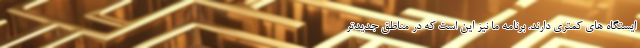
ایستگاه های کمتری دارند. برنامه ما نیز این است که در مناطق جدیدتر